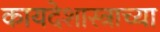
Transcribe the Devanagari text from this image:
कायदेशास्त्राच्या